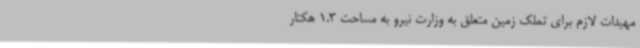
مهیدات لازم برای تملک زمین متعلق به وزارت نیرو به مساحت 1.3 هکتار